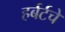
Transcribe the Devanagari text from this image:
हर्बर्टचे